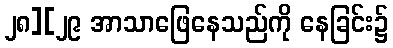
၂၈][၂၉ အာသာဖြေနေသည်ကို နေခြင်း၌